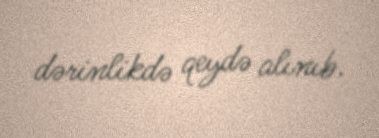
dərinlikdə qeydə alınıb.